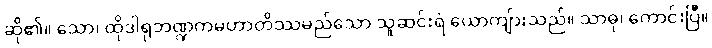
ဆို၏။ သော၊ ထိုဒါရုဘဏ္ဍကမဟာတိဿမည်သော သူဆင်းရဲ ယောကျ်ားသည်။ သာဓု၊ ကောင်းပြီ။